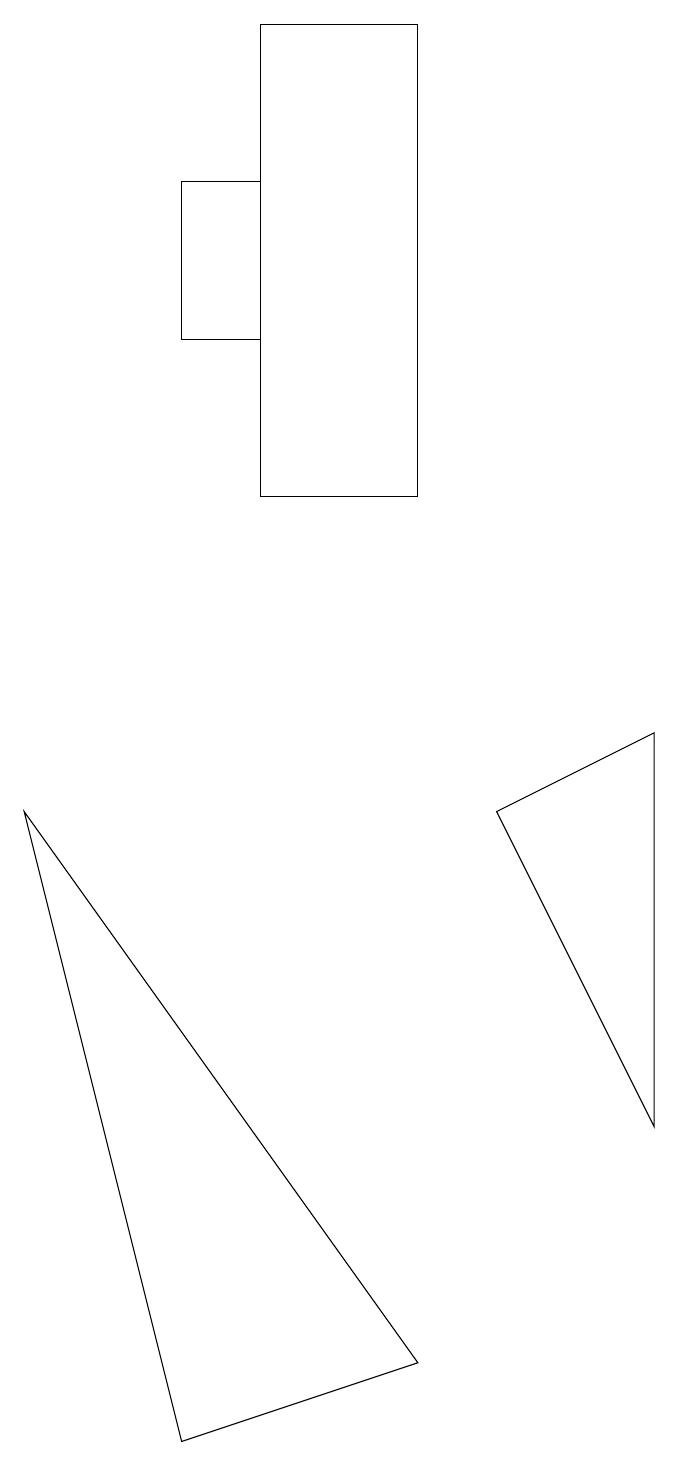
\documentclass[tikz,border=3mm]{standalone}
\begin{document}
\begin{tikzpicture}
\draw (2,16) rectangle (3,14);
\draw (8,9) -- (6,8) -- (8,4) -- cycle;
\draw (3,12) rectangle (5,18);
\draw (0,8) -- (5,1) -- (2,0) -- cycle;
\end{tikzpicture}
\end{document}